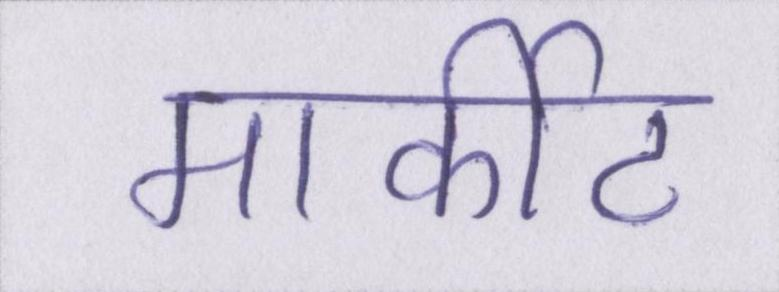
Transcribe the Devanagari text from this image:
मार्कीट